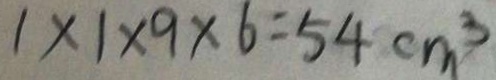
1 \times 1 \times 9 \times 6 = 5 4 c m ^ { 3 }